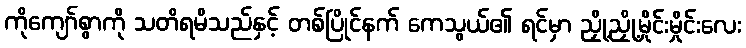
ကိုကျော်စွာကို သတိရမိသည်နှင့် တစ်ပြိုင်နက် ကေသွယ်၏ ရင်မှာ ညှို့ညှို့မှိုင်းမှိုင်းလေး